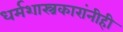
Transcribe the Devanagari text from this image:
धर्मशास्त्रकारांनीही